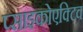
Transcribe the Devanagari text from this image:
प्साइकोएक्टिव